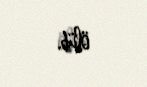
ölüb.